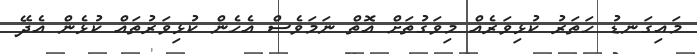
މައިގަނޑު ހަތަރު ކުޅިވަރެއް މިވަގުތަށް އޮތް ނަމަވެސް އެހެން ކުޅިވަރުތައް ކުޅެން އެދޭ